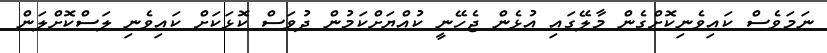
ނަމަވެސް ކައިވެނިކޮށްގެން މާލޭގައި އުޅެން ޖެހޭނީ ކުއްޔަށްކަމުން ދުވަސް ކޮޅަކަށް ކައިވެނި ލަސްކޮށްލަން